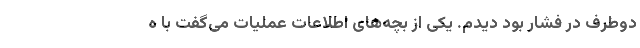
دوطرف در فشار بود دیدم. یکی از بچه‌های اطلاعات عملیات می‌گفت با ه